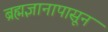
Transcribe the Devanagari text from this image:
ब्रह्मज्ञानापासून